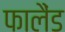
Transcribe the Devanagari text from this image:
फालैंड